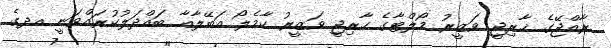
ރާއްޖޭގެ ޚާރިޖީ ވަޒީރު މޯލްޓާގެ ހާރިޖީ ވަޒީރު ކާމެލޯ އަބޭލާއާ ބައްދަލުކުރައްވަނީ އދގެ